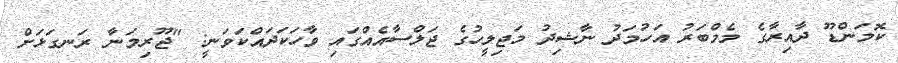
ކޮމަންޑޫ ދާއިރާގެ މެމްބަރު އަހުމަދު ނާޝިދު މަޖިލީހުގެ ޖަލްސާއެއްގައި ވާހަކަދައްކަވަނީ: "ޖޫރިމަނާ ރަނގަޅަށް